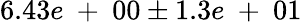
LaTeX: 6.43e\mathrm{~+~}00\pm 1.3e\mathrm{~+~}01